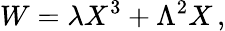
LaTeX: W=\lambda X^{3}+\Lambda^{2}X\, ,